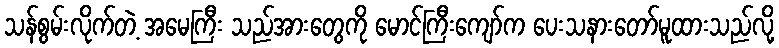
သန်စွမ်းလိုက်တဲ့ အမေကြီး သည်အားတွေကို မောင်ကြီးကျော်က ပေးသနားတော်မူထားသည်လို့